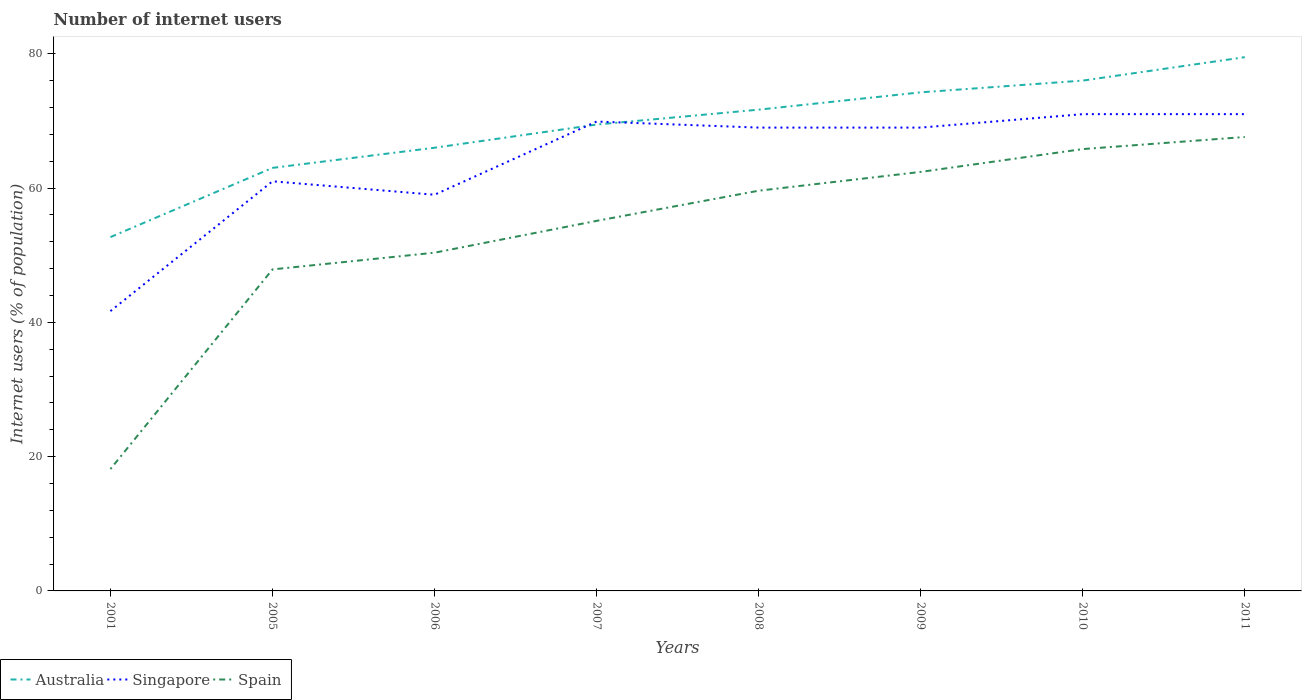
| Years | Australia | Singapore | Spain |
 | --- | --- | --- | --- |
 | 2001 | 52.7 | 41.7 | 18.1 |
 | 2005 | 63 | 61 | 47.9 |
 | 2006 | 66 | 59 | 50.4 |
 | 2007 | 69.5 | 69.9 | 55.1 |
 | 2008 | 71.7 | 69 | 59.6 |
 | 2009 | 74.2 | 69 | 62.4 |
 | 2010 | 76 | 71 | 65.8 |
 | 2011 | 79.5 | 71 | 67.6 |